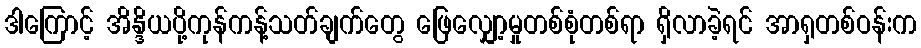
ဒါကြောင့် အိန္ဒိယပို့ကုန်ကန့်သတ်ချက်တွေ ဖြေလျှော့မှုတစ်စုံတစ်ရာ ရှိလာခဲ့ရင် အာရှတစ်ဝန်းက